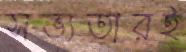
সভ্যতারই